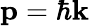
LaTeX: \textbf{p}=\hbar\textbf{k}